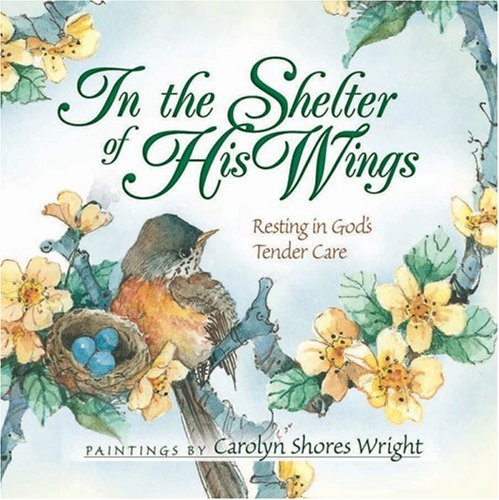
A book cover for In the Shelter of His Wings: Resting in God's Tender Care; Religion & Spirituality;